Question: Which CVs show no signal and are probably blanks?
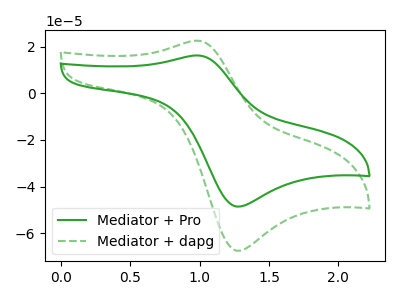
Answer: <think>The green curve "Mediator + Pro" has an anodic peak at (1.00V, 16.25uA) and a cathodic peak at (1.25V, -48.55uA). The green dashed curve "Mediator + dapg" has an anodic peak at (1.00V, 22.60uA) and a cathodic peak at (1.25V, -67.50uA).</think>
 <answer>There are not any CV's on this graph that are likely to be blanks.</answer>
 <eval>none</eval>